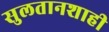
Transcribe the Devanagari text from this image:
सुलतानशाही